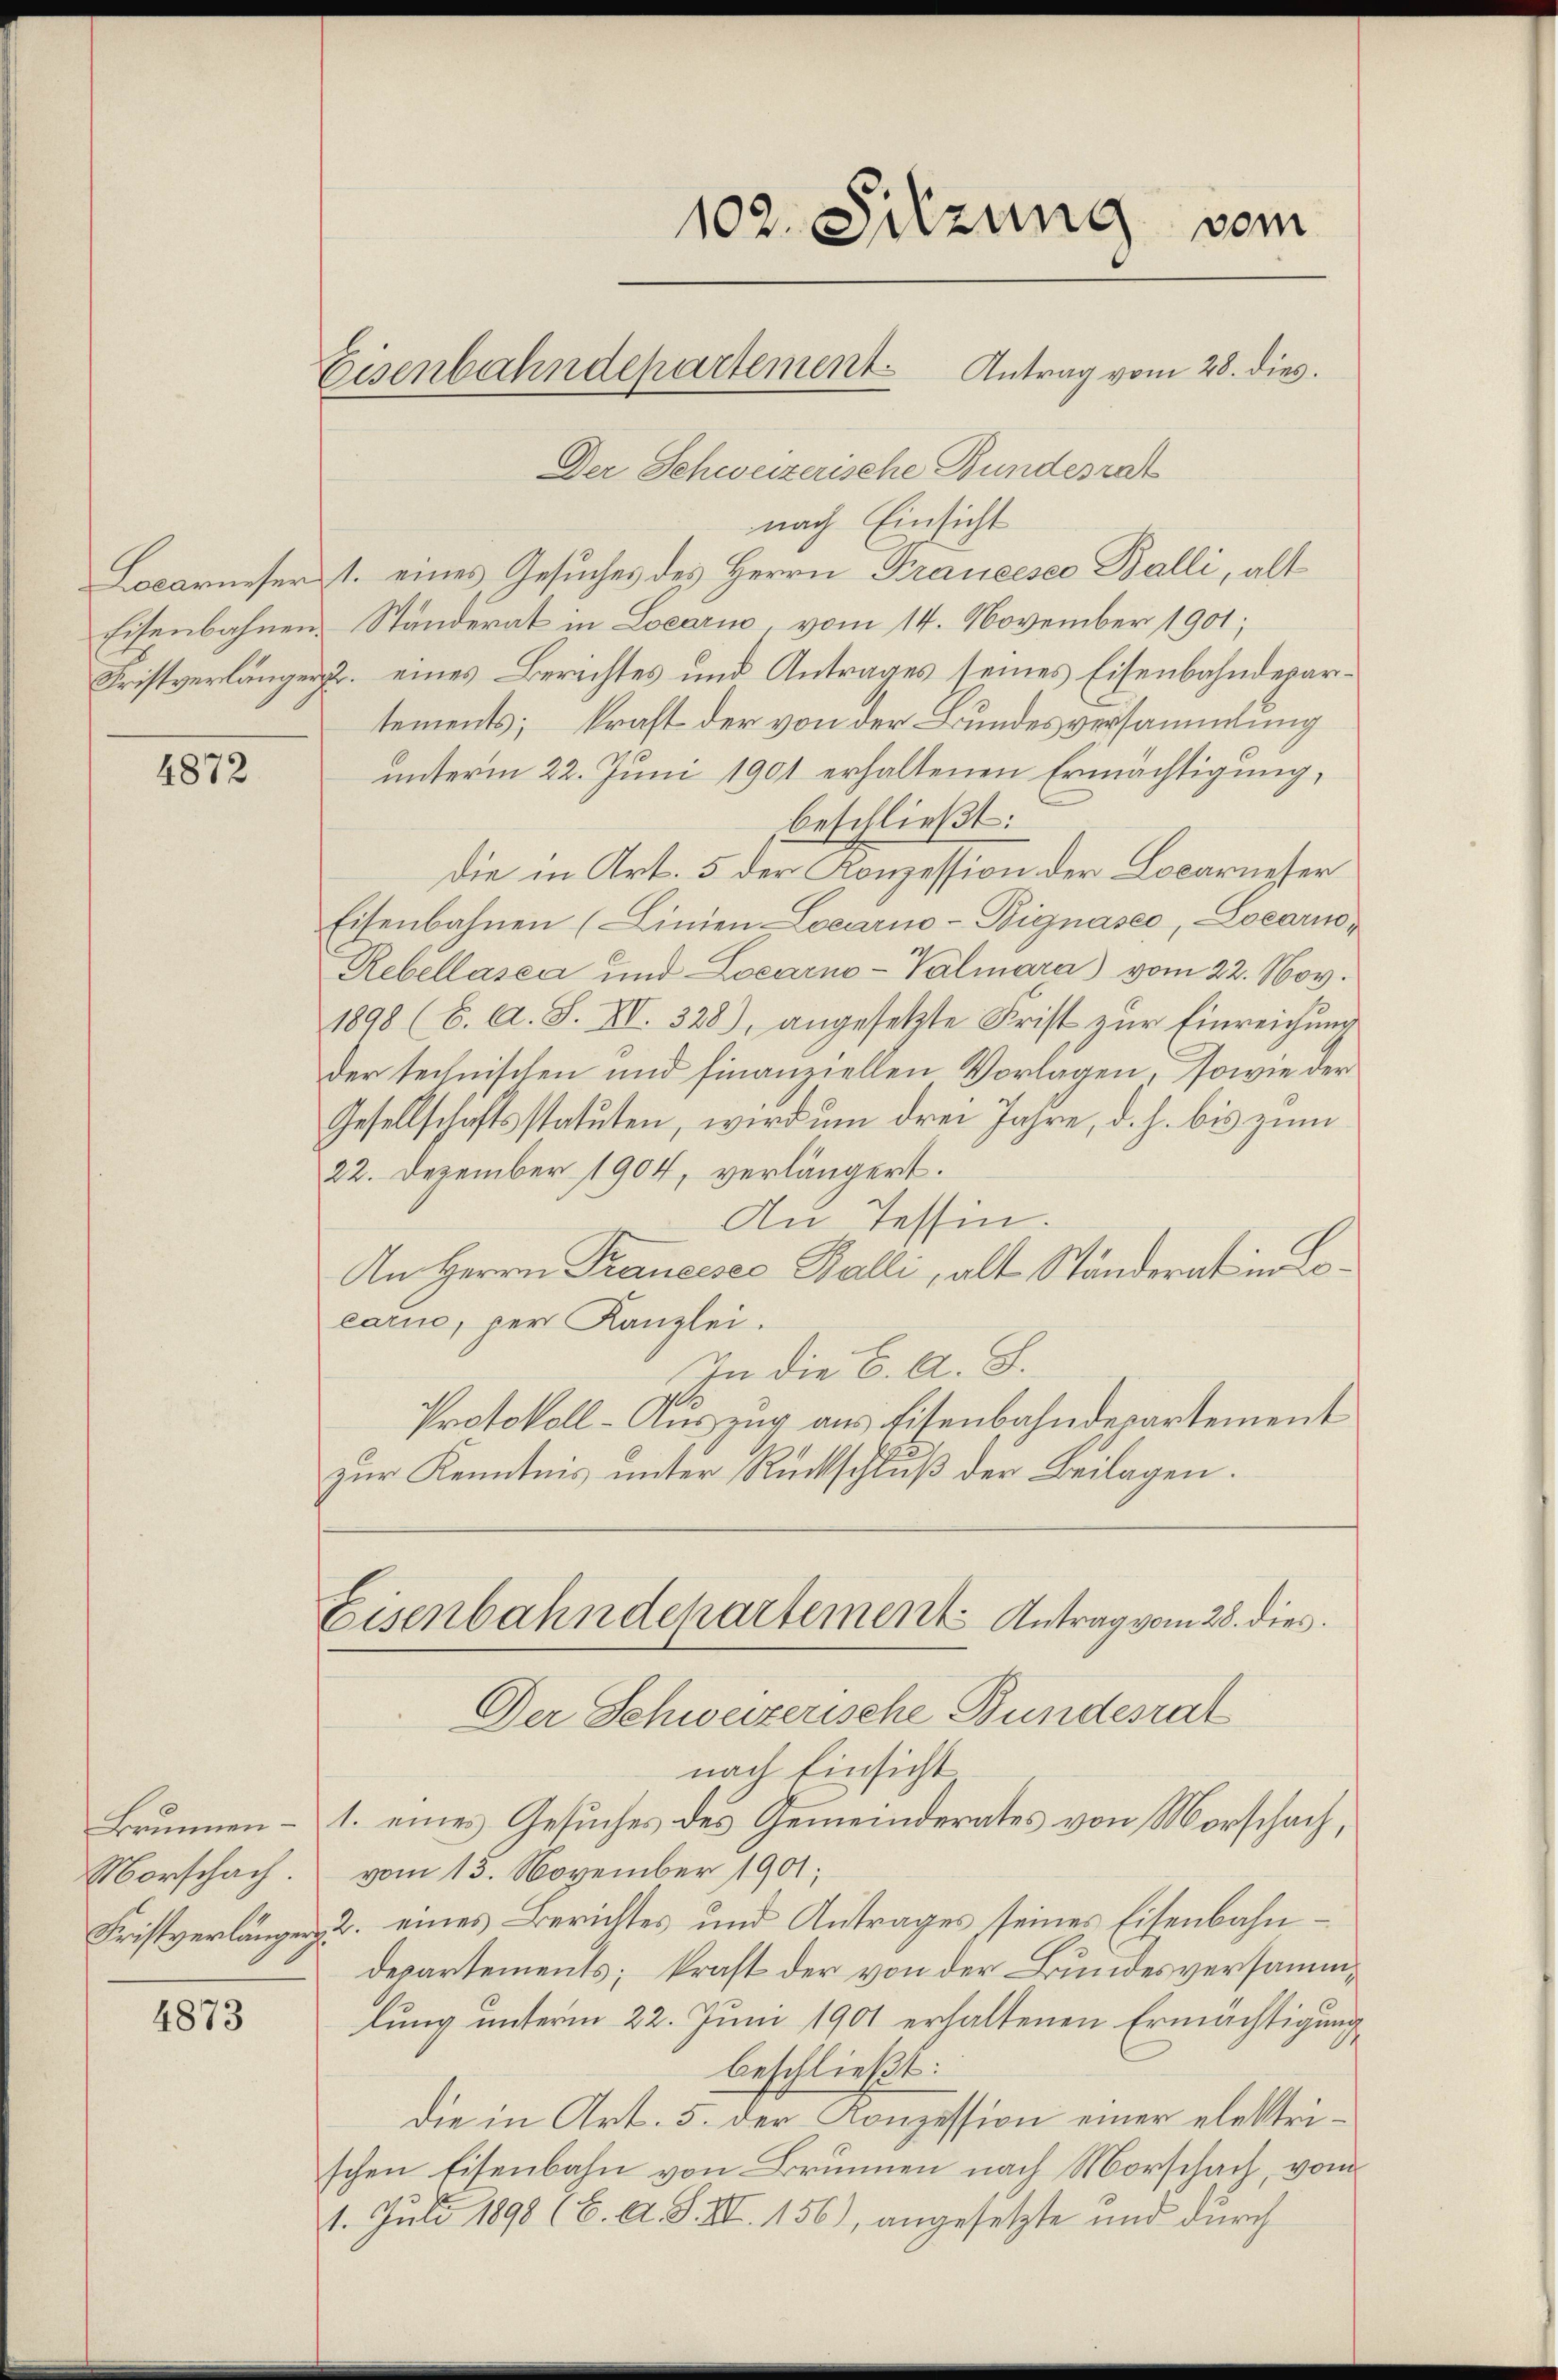
4872

Morschach.

4873

¬

Der Schweizerische Bundesrat
nach Einsicht
Locarneser 1. eines Gesuches des Herrn Prancesco Balli, alt
Eisenbahnen Standerat in Locario vom 14. November 1901;
Fristverlänger u. eines Berichtes und Antrages seines Eisenbahndepartements; kraft der von der Bundesversammlung
unterm 22. Juni 1901 erhaltenen Ermächtigung,
beschließt:
Die in Art. 5 der Konzession der Locarneser
Eisenbahnen (Linien Locarno-Bignasco, Locarno,
Rebellasia und Locarno-Valmara) vom 22. Nov.
1898 (6. A. S. XII. 328), angesetzte Frist zur Einreichung
der technischen und finanziellen Vorlagen, sowie der
Gesellschaftsstatuten, wird um drei Jahre, d. h. bis zum
22. Dezember 1904, verlängert.
An Tessin.
An Herrn Prancesco Balli, alt Ständerat in Locarice, per Kanzlei.
In die K. A. S.
Protokoll-Auszug aus Eisenbahndepartement
zur Kenntnis unter Rückschluß der Beilagen.

102. Sitzung vom

Eisenbahndepartement Antrag vom 28. dies

Eisenbahndepartement Antrag vom 28. dies

Der Schweizerische Bundesrat
nach Einsicht
Brunnen – 1. eines Gesuches des Gemeinderates von Morschach,
vom 13. November 1901;
Fristverlängen, u. eines Berichtes und Antrages seines Eisenbahndepartements; kraft der von der Bundesversammlung unterm 22. Juni 1901 erhaltenen Ermächtigung
beschließt:
Die in Art. 5. der Konzession einer elektrischen Eisenbahn von Brunnen nach Morschach, vom
1. Juli 1898 (C. A. S. III. 156), angesetzte und durch